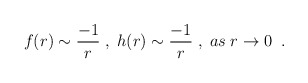
\begin{align*} f(r)\sim\frac{-1}{r}\;,\;h(r)\sim\frac{-1}{r}\;,\;as\;r\rightarrow0 \;\;.\end{align*}